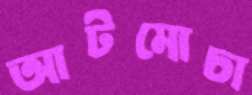
আটমোচা